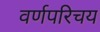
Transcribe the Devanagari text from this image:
वर्णपरिचय